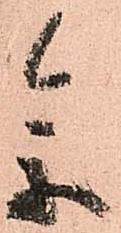
参